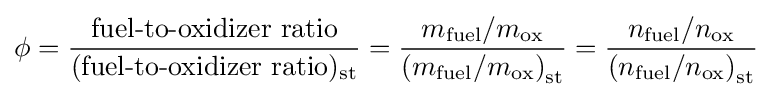
\phi ={\frac {\mbox{fuel-to-oxidizer ratio}}{({\mbox{fuel-to-oxidizer ratio}})_{\text{st}}}}={\frac {m_{\text{fuel}}/m_{\text{ox}}}{\left(m_{\text{fuel}}/m_{\text{ox}}\right)_{\text{st}}}}={\frac {n_{\text{fuel}}/n_{\text{ox}}}{\left(n_{\text{fuel}}/n_{\text{ox}}\right)_{\text{st}}}}